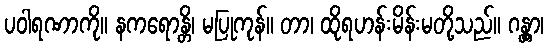
ပဝါရဏာကို။ နကရောန္တိ၊ မပြုကုန်။ တာ၊ ထိုရဟန်းမိန်းမတို့သည်။ ဂန္တွာ၊